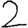
Digit: 2